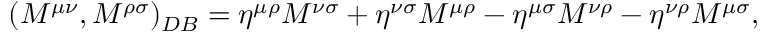
( M ^ { \mu \nu } , M ^ { \rho \sigma } ) _ { D B } = \eta ^ { \mu \rho } M ^ { \nu \sigma } + \eta ^ { \nu \sigma } M ^ { \mu \rho } - \eta ^ { \mu \sigma } M ^ { \nu \rho } - \eta ^ { \nu \rho } M ^ { \mu \sigma } ,